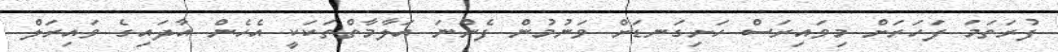
ފުރަތަމަ ފަހަރަށް މިވައިރަސް ހަށިގަނޑަށް ވަނުމުން ފެންނަ އަލާމާތްތަކަކީ އެހެން އާދައިގެ ވައިރަލް